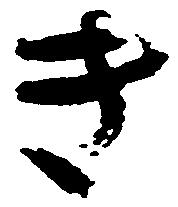
き